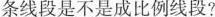
条线段是不是成比例线段?